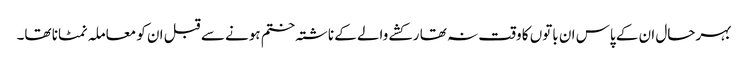
بہرحال ان کے پاس ان باتوں کا وقت نہ تھا رکشے والے کے ناشتہ ختم ہونے سے قبل ان کو معاملہ نمٹانا تھا۔